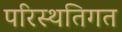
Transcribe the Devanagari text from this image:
परिस्थतिगत